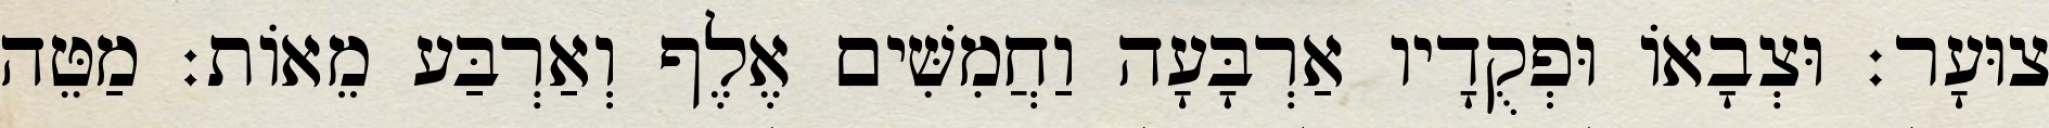
צוּעָר׃ וּצְבָאוֹ וּפְקֻדָיו אַרְבָּעָה וַחֲמִשִּׁים אֶלֶף וְאַרְבַּע מֵאוֹת׃ מַטֵּה